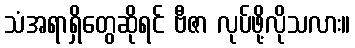
သံအရာရှိတွေဆိုရင် ဗီဇာ လုပ်ဖို့လိုသလား။